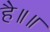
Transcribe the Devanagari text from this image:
है॥॥